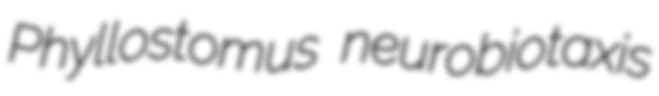
Phyllostomus neurobiotaxis